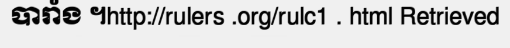
បារាំង ។http://rulers .org/rulc1 . html Retrieved